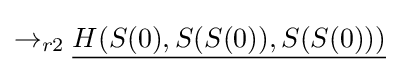
\rightarrow _{r2}{\underline {H(S(0),S(S(0)),S(S(0)))}}